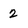
Character: 2